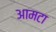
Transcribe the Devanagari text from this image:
आमटा